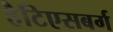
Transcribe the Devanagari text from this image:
हैटिएसबर्ग